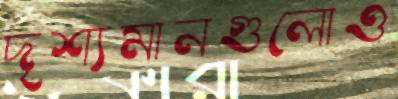
দৃশ্যমানগুলোও